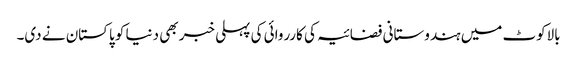
بالاکوٹ میں ہندوستانی فضائیہ کی کارروائی کی پہلی خبر بھی دنیا کو پاکستان نے دی۔